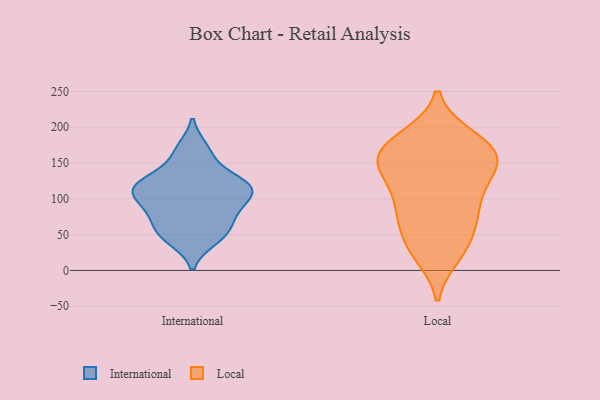
{"axis": {"x": "Shipments", "y": "Value"}, "legend": ["International", "Local"], "data": [{"x": "", "y": 170, "type": "International"}, {"x": "", "y": 123, "type": "International"}, {"x": "", "y": 134, "type": "International"}, {"x": "", "y": 118, "type": "International"}, {"x": "", "y": 164, "type": "International"}, {"x": "", "y": 121, "type": "International"}, {"x": "", "y": 112, "type": "International"}, {"x": "", "y": 106, "type": "International"}, {"x": "", "y": 47, "type": "International"}, {"x": "", "y": 60, "type": "International"}, {"x": "", "y": 43, "type": "International"}, {"x": "", "y": 108, "type": "International"}, {"x": "", "y": 87, "type": "International"}, {"x": "", "y": 80, "type": "International"}, {"x": "", "y": 54, "type": "International"}, {"x": "", "y": 80, "type": "International"}, {"x": "", "y": 110, "type": "International"}, {"x": "", "y": 32, "type": "Local"}, {"x": "", "y": 184, "type": "Local"}, {"x": "", "y": 75, "type": "Local"}, {"x": "", "y": 121, "type": "Local"}, {"x": "", "y": 110, "type": "Local"}, {"x": "", "y": 149, "type": "Local"}, {"x": "", "y": 164, "type": "Local"}, {"x": "", "y": 158, "type": "Local"}, {"x": "", "y": 83, "type": "Local"}, {"x": "", "y": 23, "type": "Local"}, {"x": "", "y": 32, "type": "Local"}, {"x": "", "y": 88, "type": "Local"}, {"x": "", "y": 185, "type": "Local"}, {"x": "", "y": 62, "type": "Local"}, {"x": "", "y": 139, "type": "Local"}, {"x": "", "y": 172, "type": "Local"}, {"x": "", "y": 155, "type": "Local"}, {"x": "", "y": 156, "type": "Local"}]}